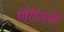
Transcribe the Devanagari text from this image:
गिरीजनों